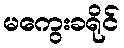
မကွေးခရိုင်